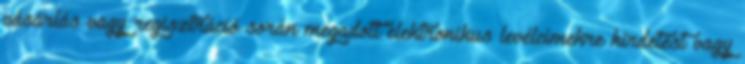
vásárlás vagy regisztráció során megadott elektronikus levélcímekre hirdetést vagy